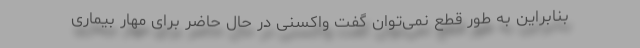
بنابراین به طور قطع نمی‌توان گفت واکسنی در حال حاضر برای مهار بیماری